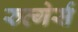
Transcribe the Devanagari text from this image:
रुत्गेर्स